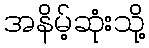
အနိမ့်ဆုံးသို့